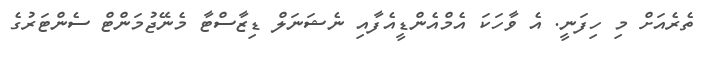
ތެރެއަށް މި ހިފަނީ. އެ ވާހަކަ އެމްއެންޑީއެފާއި ނެެޝަނަލް ޑިޒާސްޓާ މެނޭޖުމަންޓް ސެންޓަރުގެ